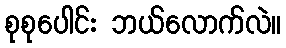
စုစုပေါင်း ဘယ်လောက်လဲ။